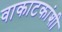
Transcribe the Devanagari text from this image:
वाकाटकांशी